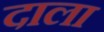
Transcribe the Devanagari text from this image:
दाला